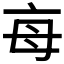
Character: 𣫭